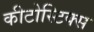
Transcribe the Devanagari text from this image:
कीटोस्टिक्स